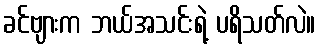
ခင်ဗျားက ဘယ်အသင်းရဲ့ ပရိသတ်လဲ။